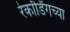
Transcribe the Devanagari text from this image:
रेकॉर्डिंगच्या